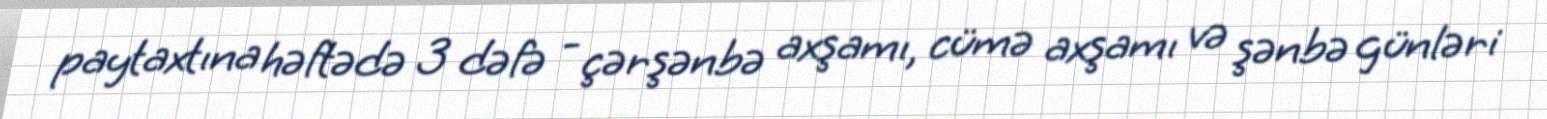
paytaxtına həftədə 3 dəfə - çərşənbə axşamı, cümə axşamı və şənbə günləri